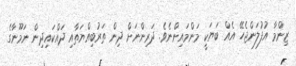
ޒިންމާ އުފުލަންޖެހޭ އެއް ބަޔަކީ މަންމައިންނެވެ. ދަރިންނަށް ދިން ތަރުބިއްޔަތާއި ދައްކައިދިން ނަމޫނާގެ